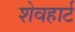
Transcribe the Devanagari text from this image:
शेवहार्ट